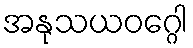
အနုသယဝဂ္ဂေါ